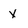
Character: X